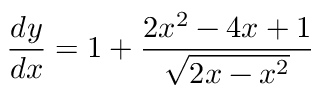
\frac { d y } { d x } = 1 + \frac { 2 x ^ { 2 } - 4 x + 1 } { \sqrt { 2 x - x ^ { 2 } } }